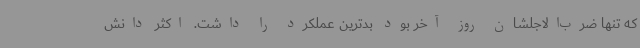
که تنها ضرب‌الاجلشان روز آخر بود بدترین عملکرد را داشت. اکثر دانش